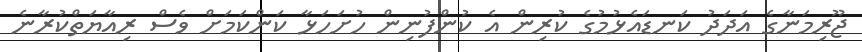
ޖޫރިމަނާގެ އަދަދު ކަނޑައެޅުމުގެ ކުރިން އެ ކުންފުނިން ހުށަހަޅާ ކަންކަމަށް ވެސް ރިއާޔަތްކުރާނެ